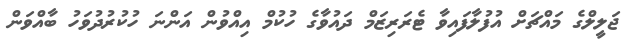
ޖަލީލްގެ މައްޗަށް އުފުލާފައިވާ ޓެރަރިޒަމް ދައުވާގެ ހުކުމް އިއްވުން އަންނަ ހުކުރުދުވަހު ބާއްވަން